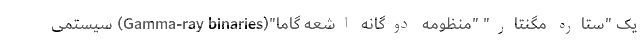
یک "ستاره مگنتار" "منظومه دوگانه اشعه گاما"(Gamma-ray binaries) سیستمی